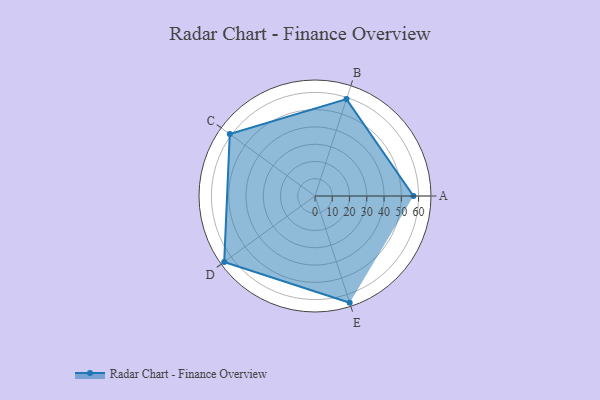
{"axis": {"x": "Skill", "y": "Score"}, "legend": ["Profile"], "data": [{"x": "A", "y": 57.0, "type": "Profile"}, {"x": "B", "y": 59.0, "type": "Profile"}, {"x": "C", "y": 61.0, "type": "Profile"}, {"x": "D", "y": 65.0, "type": "Profile"}, {"x": "E", "y": 65.0, "type": "Profile"}]}